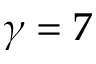
\gamma = 7